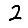
Digit: 2